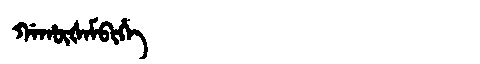
Manchu: ᡤᠠᡥᡡᡧᠠᠮᠪᡳᡥᡝ
Romanization: GAHŪŠAMBIHE